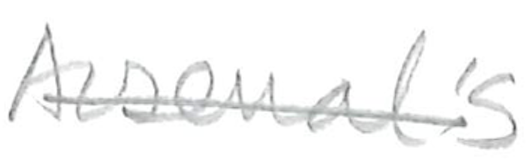
Text: Arsenal's
Cross-out: single-line
Writing tool: pencil